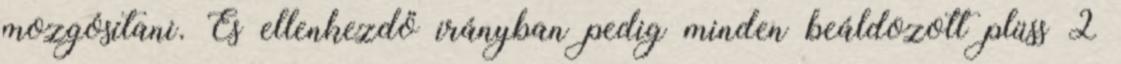
mozgósítani. És ellenkezdő irányban pedig minden beáldozott plüss 2